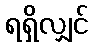
ရရှိလျှင်